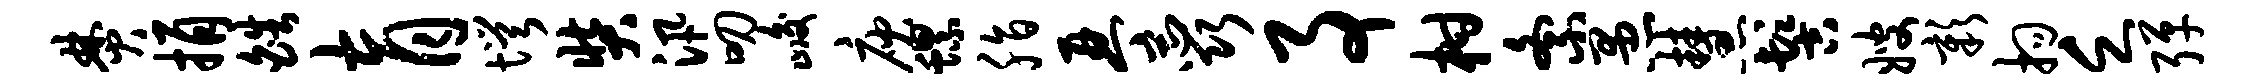
焚捐皓育愕奘汛叨峻庾螺脂琴蕊事柑紊愚慧髻嫂彰拘乏弹